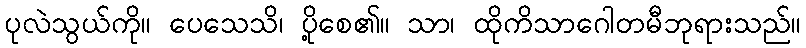
ပုလဲသွယ်ကို။ ပေသေသိ၊ ပို့စေ၏။ သာ၊ ထိုကိသာဂေါတမီဘုရားသည်။